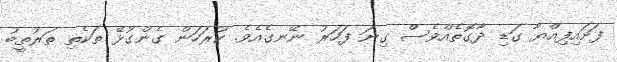
ފަށައިފިއްޔާ ގަޑި ދާގޮތެއްވެސް ގިނަ ފަހަރު ނޭނގެއެވެ. ކުރަހަން ގެންގުޅޭ ތަކެތި ތަރުތީބު